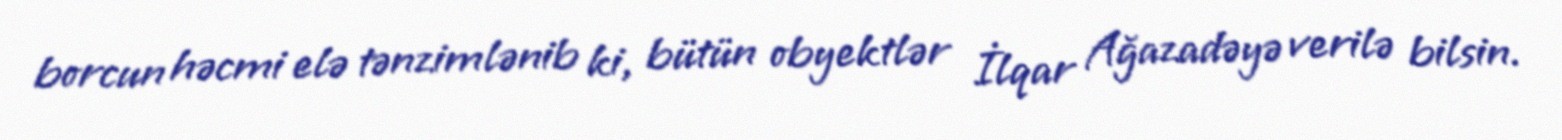
borcun həcmi elə tənzimlənib ki, bütün obyektlər İlqar Ağazadəyə verilə bilsin.